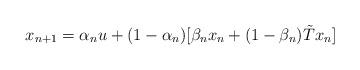
LaTeX: \begin{align*} x_{n+1} = \alpha_n u + (1-\alpha_n) [\beta_n x_n + (1-\beta_n) \tilde{T}x_n] \end{align*}